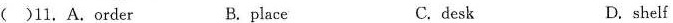
()11. A.Order B. place C. desk D. shelf